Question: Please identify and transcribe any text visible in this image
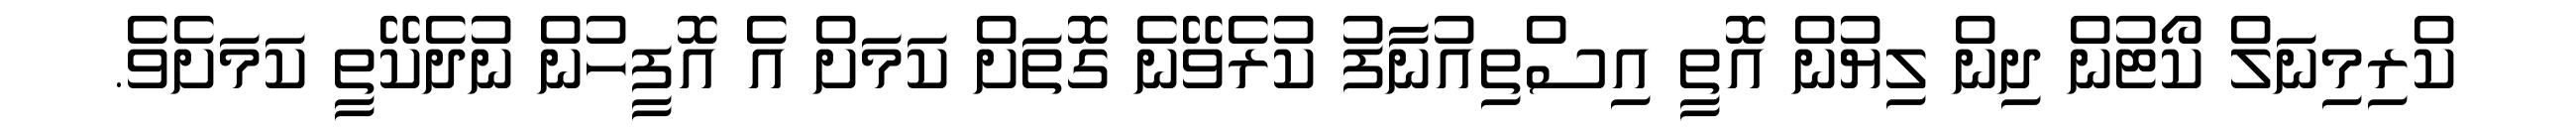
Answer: ކްރިމިނަލް ކޯޓުން ދިން ލިޔުން އޮތީ އިސްތިއުނާފު ކުރެވޭނެ ގޮތަށް ކަމަށް އެ އޮފީހުން ނުދެކޭތީ ކަމަށެވެ.